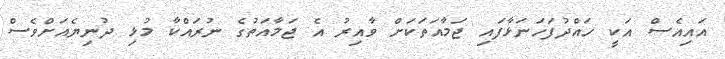
އައިއެސް އަކީ ހައްދުފަހަނަޅާފައި ޖަމާއަތަކަށް ވާއިރު އެ ޖަމާއަތުގެ ނުރައްކާ މުޅި ދުނިޔެއަށްވެސް